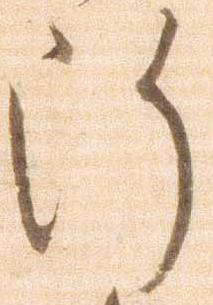
断